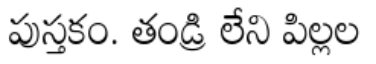
పుస్తకం. తండ్రి లేని పిల్లల